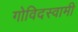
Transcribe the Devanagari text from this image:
गोविदस्वामी